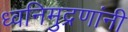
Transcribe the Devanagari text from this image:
ध्वनिमुद्रणांनी